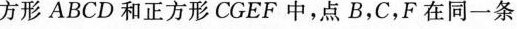
方形CGEF中，点B，C，F在同一条